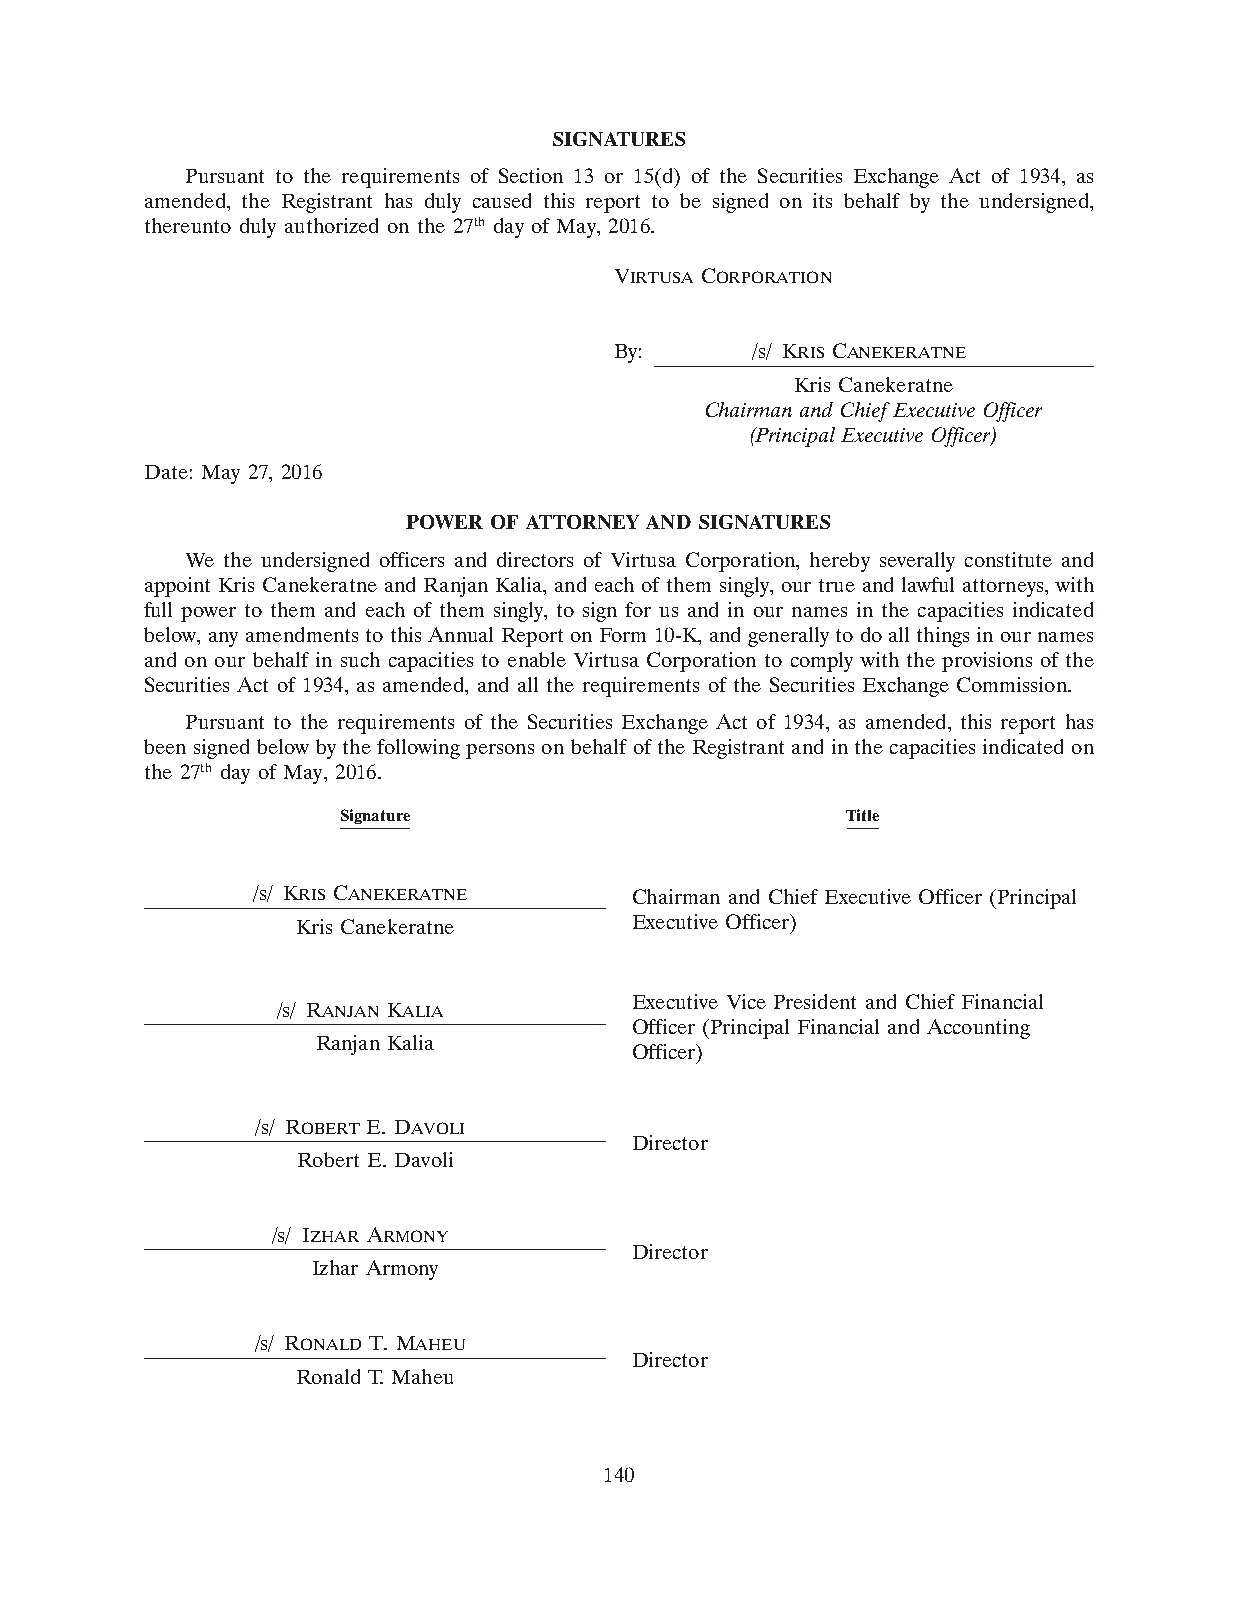
SIGNATURES
 Pursuant to the requirements of Section 13 or 15(d) of the Securities Exchange Act of 1934, as
 amended, the Registrant has duly caused this report to be signed on its behalf by the undersigned,
 thereunto duly authorized on the 27th day of May, 2016.
 VIRTUSA CORPORATION
 By:      /s/ KRIS CANEKERATNE
 Kris Canekeratne
 Chairman and Chief Executive Officer
 (Principal Executive Officer)
 Date: May 27, 2016
 POWER OF ATTORNEY AND SIGNATURES
 We the undersigned officers and directors of Virtusa Corporation, hereby severally constitute and
 appoint Kris Canekeratne and Ranjan Kalia, and each of them singly, our true and lawful attorneys, with
 full power to them and each of them singly, to sign for us and in our names in the capacities indicated
 below, any amendments to this Annual Report on Form 10-K, and generally to do all things in our names
 and on our behalf in such capacities to enable Virtusa Corporation to comply with the provisions of the
 Securities Act of 1934, as amended, and all the requirements of the Securities Exchange Commission.
 Pursuant to the requirements of the Securities Exchange Act of 1934, as amended, this report has
 been signed below by the following persons on behalf of the Registrant and in the capacities indicated on
 the 27th day of May, 2016.
 Signature                        Title
 /s/ KRIS CANEKERATNE     Chairman and Chief Executive Officer (Principal
 Kris Canekeratne      Executive Officer)
 Executive Vice President and Chief Financial
 /s/ RANJAN KALIA
 Officer (Principal Financial and Accounting
 Ranjan Kalia
 Officer)
 /s/ ROBERT E. DAVOLI
 Director
 Robert E. Davoli
 /s/ IZHAR ARMONY
 Director
 Izhar Armony
 /s/ RONALD T. MAHEU
 Director
 Ronald T. Maheu
 140